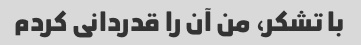
با تشکر، من آن را قدردانی کردم